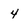
Character: 4